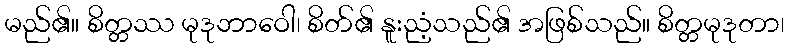
မည်၏။ စိတ္တဿ မုဒုဘာဝေါ၊ စိတ်၏ နူးညံ့သည်၏ အဖြစ်သည်။ စိတ္တမုဒုတာ၊